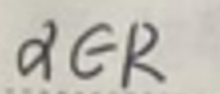
$a\in\mathbb{R}$